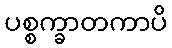
ပစ္စက္ခာတကာပိ